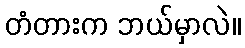
တံတားက ဘယ်မှာလဲ။